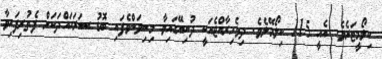
ކިލޯމީޓަރެވެ. އެއީ 115 ކިލޯމޭލެވެ. ދިވެހިރާއްޖެއަކީ ދުނިޔޭގައިވާ މިނިވަންވެފައި ބޮޑު ސަރަހައްދަކަށް ފެތުރިފައިވާ